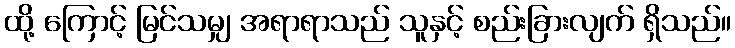
ထို့ ကြောင့် မြင်သမျှ အရာရာသည် သူနှင့် စည်းခြားလျက် ရှိသည်။